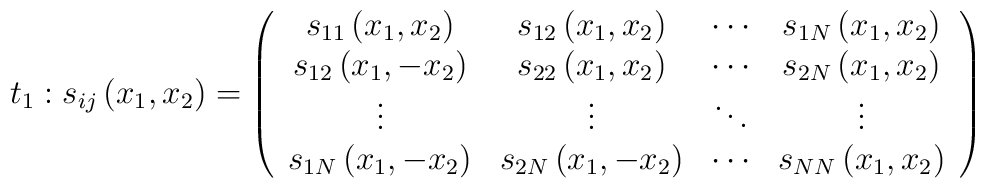
t_{1}:s_{ij}\left( x_{1},x_{2}\right) =\left(\begin{array}{cccc}s_{11}\left( x_{1},x_{2}\right) & s_{12}\left( x_{1},x_{2}\right) & \cdots &s_{1N}\left( x_{1},x_{2}\right) \\s_{12}\left( x_{1},-x_{2}\right) & s_{22}\left( x_{1},x_{2}\right) & \cdots& s_{2N}\left( x_{1},x_{2}\right) \\\vdots & \vdots & \ddots & \vdots \\s_{1N}\left( x_{1},-x_{2}\right) & s_{2N}\left( x_{1},-x_{2}\right) & \cdots& s_{NN}\left( x_{1},x_{2}\right)\end{array}\right)